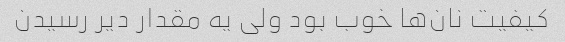
کیفیت نان‌ها خوب بود ولی یه مقدار دیر رسیدن